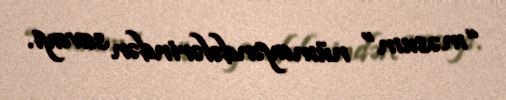
“məsum” nümayəndələrindən savayı.